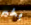
بخير